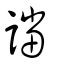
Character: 譡